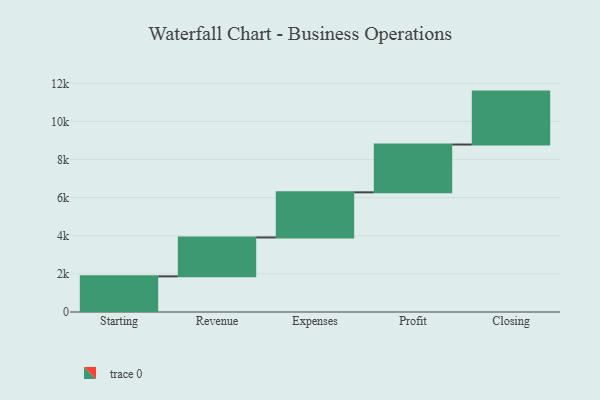
{"axis": {"x": "Step", "y": "Value"}, "legend": [""], "data": [{"x": "Starting", "y": 1870.0, "type": ""}, {"x": "Revenue", "y": 2042.0, "type": ""}, {"x": "Expenses", "y": 2369.0, "type": ""}, {"x": "Profit", "y": 2508.0, "type": ""}, {"x": "Closing", "y": 2778.0, "type": ""}]}